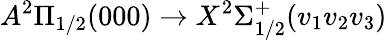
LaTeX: A^{2}\Pi_{1/2}(000)\rightarrow X^{2}\Sigma_{1/2}^{+}(v_{1}v_{2}v_{3})